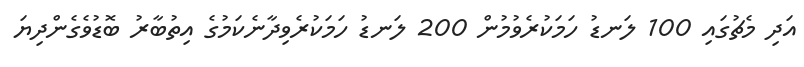
އަދި މެޗުގައި 100 ލަނޑު ހަމަކުރެވުމުން 200 ލަނޑު ހަމަކުރެވިދާނެކަމުގެ އިތުބާރު ބޮޑުވެގެންދިޔަ